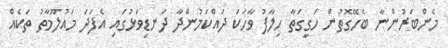
މެންބަރުންނާ ބެހޭގޮތުން ހަގީގަތާ ހިލާފު ވާހަކަ ދައްކަމުންދާ ދަނޑިވަޅުގައި އެފަދަ މައުލޫމާތު ތަކެއް